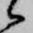
候